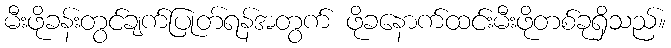
မီးဖိုခန်းတွင်ချက်ပြုတ်ရန်အတွက် ဖိုခနောက်ထင်းမီးဖိုတစ်ခုရှိသည်။